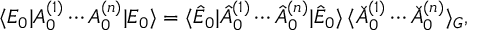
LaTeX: \langle E _ { 0 } | A _ { 0 } ^ { ( 1 ) } \cdots A _ { 0 } ^ { ( n ) } | E _ { 0 } \rangle = \langle \hat { E } _ { 0 } | \hat { A } _ { 0 } ^ { ( 1 ) } \cdots \hat { A } _ { 0 } ^ { ( n ) } | \hat { E } _ { 0 } \rangle \, \langle \check { A } _ { 0 } ^ { ( 1 ) } \cdots \check { A } _ { 0 } ^ { ( n ) } \rangle _ { G } ,